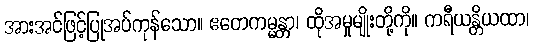
အားအင်ဖြင့်ပြုအပ်ကုန်သော။ ဧတေကမ္မန္တာ၊ ထိုအမှုမျိုးတို့ကို။ ကရီယန္တိယထာ၊